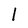
Character: 1